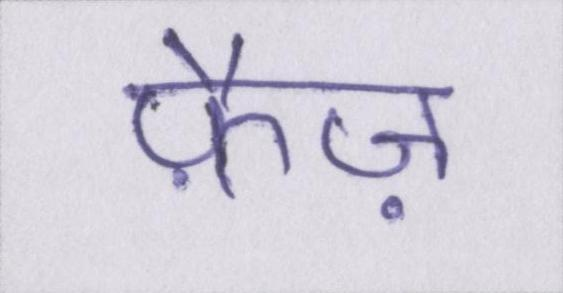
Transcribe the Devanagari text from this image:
फ़ैज़